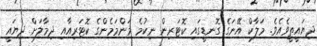
ދިޔައީތީވެއެވެ. މަލާކް އޭނަގެ ގޮނޑީގައި ކޮޓަރިން ނިކުމެ މަންމަމެންގެ ކޮޓަރިއާއި ދިމާލަށް ދިޔައީ